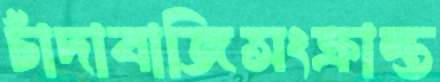
চাঁদাবাজিসংক্রান্ত